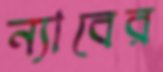
ন্যাবের